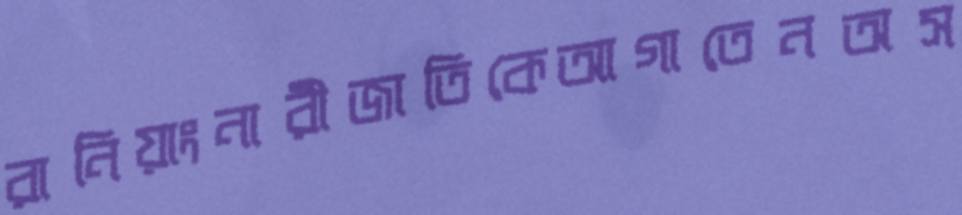
রানিয়াংনারীজাতিকেআগাতেনঅস